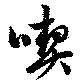
喫